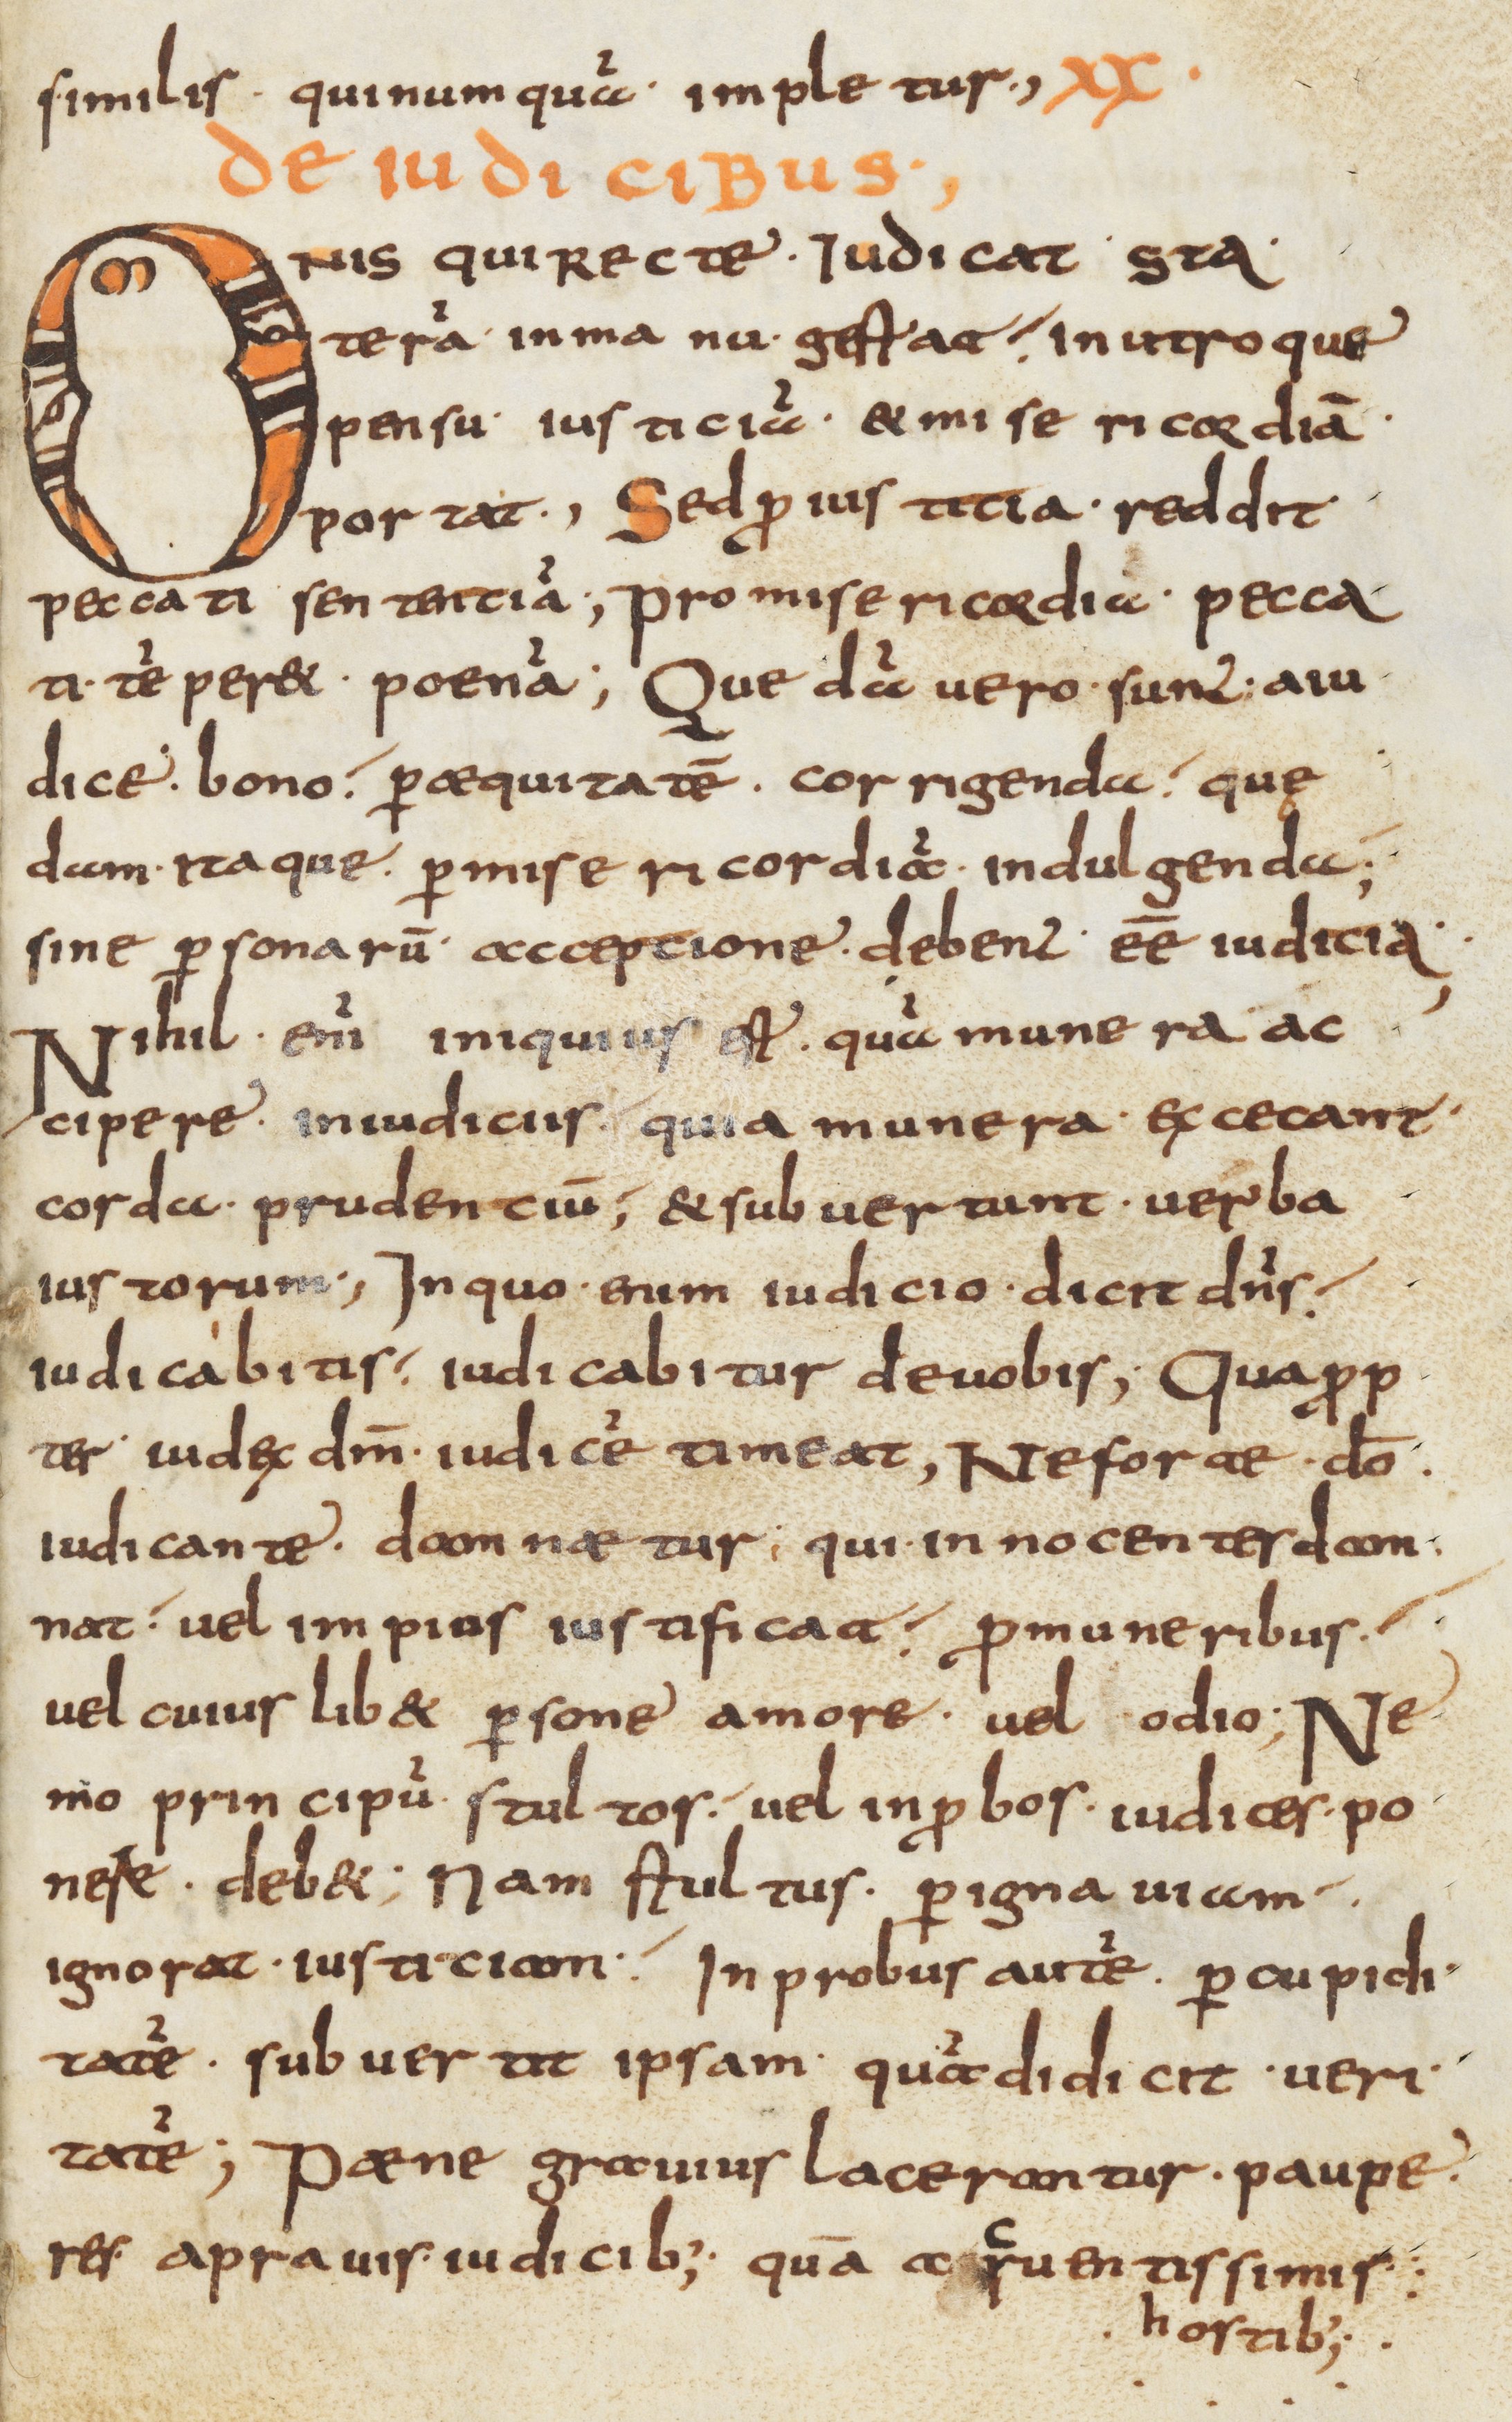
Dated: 800–899